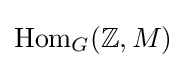
\operatorname {Hom} _{G}(\mathbb {Z} ,M)